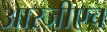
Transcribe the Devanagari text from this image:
आरजीएच